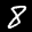
Label: 8